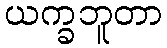
ယက္ခဘူတာ